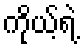
ကိုယ့်ရဲ့